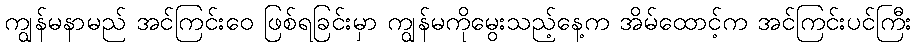
ကျွန်မနာမည် အင်ကြင်းဝေ ဖြစ်ရခြင်းမှာ ကျွန်မကိုမွေးသည့်နေ့က အိမ်ထောင့်က အင်ကြင်းပင်ကြီး